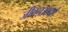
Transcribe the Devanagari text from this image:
जीवनआदर्श